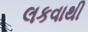
લકવાથી